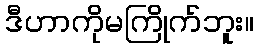
ဒီဟာကိုမကြိုက်ဘူး။